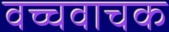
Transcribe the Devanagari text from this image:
वच्चवाचक